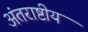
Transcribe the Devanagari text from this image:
अंतराष्टीय